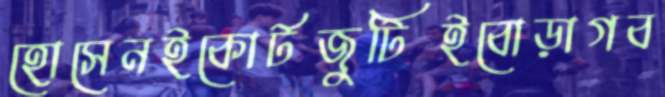
হোসেনইকোর্টজুটিইবোড়াগব